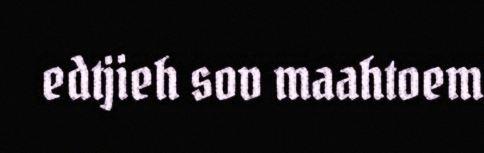
edtjieh sov maahtoem